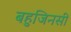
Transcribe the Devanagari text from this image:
बहुजिनसी